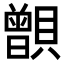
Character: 𧸑